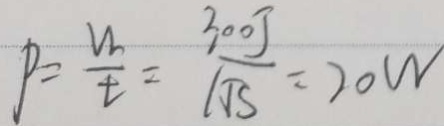
P = \frac { n } { t } = \frac { 3 0 0 J } { 1 5 S } = 2 0 W